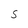
Character: S